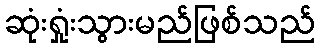
ဆုံးရှုံးသွားမည်ဖြစ်သည်